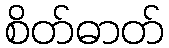
စိတ်ဓာတ်